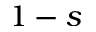
1 - s